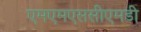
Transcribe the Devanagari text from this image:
एमएमएससीएमडी